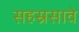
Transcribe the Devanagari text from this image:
सहस्रसावे